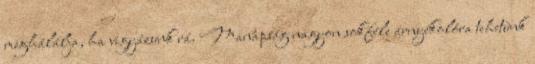
meghálálja, ha vigyázunk rá. Manapság nagyon sokféle árnyékolóra tehetünk